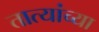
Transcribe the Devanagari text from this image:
तात्यांच्या